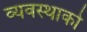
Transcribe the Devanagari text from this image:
व्यवस्थाको